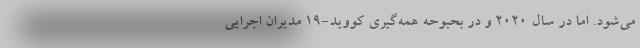
می‌شود. اما در سال ۲۰۲۰ و در بحبوحه همه‌گیری کووید-۱۹ مدیران اجرایی